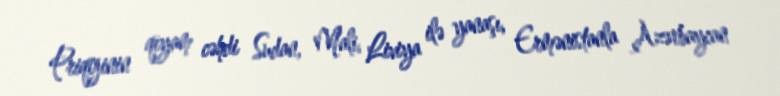
Priqojinin qiyam cəhdi Sudan, Mali, Liviya ilə yanaşı, Ermənistanla Azərbaycan